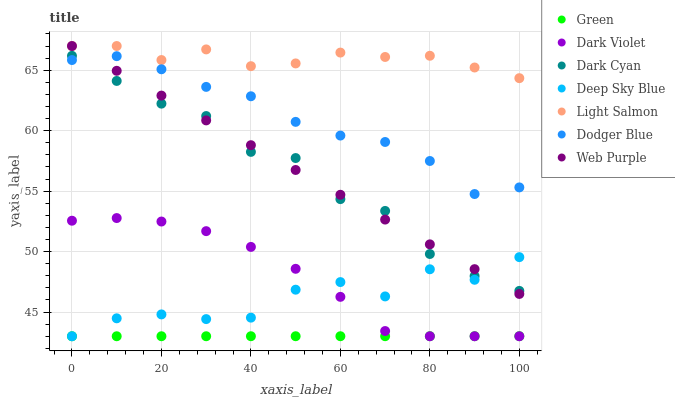
| xaxis_label | Green | Dark Violet | Dark Cyan | Deep Sky Blue | Light Salmon | Dodger Blue | Web Purple |
 | --- | --- | --- | --- | --- | --- | --- | --- |
 | 0 | 43 | 52.6 | 66.2 | 43 | 67 | 65.8 | 67 |
 | 10 | 43 | 52.8 | 64.1 | 44.5 | 67 | 66.2 | 64.9 |
 | 20 | 43 | 52.5 | 62.2 | 44.8 | 65.8 | 65.1 | 62.9 |
 | 30 | 43 | 51.7 | 61.2 | 44.4 | 66.7 | 63.6 | 60.8 |
 | 40 | 43 | 50.4 | 58.2 | 44.5 | 65.3 | 62.8 | 58.8 |
 | 50 | 43 | 48.6 | 57.7 | 46.9 | 65.6 | 60.7 | 56.7 |
 | 60 | 43 | 46.3 | 54.3 | 47.5 | 66.5 | 59.6 | 54.7 |
 | 70 | 43 | 43.4 | 53.4 | 46.3 | 66.1 | 59.1 | 52.6 |
 | 80 | 43 | 43 | 49.8 | 48.5 | 66.2 | 57.5 | 50.6 |
 | 90 | 43 | 43 | 48 | 47.7 | 65.2 | 54.8 | 48.5 |
 | 100 | 43 | 43 | 46.8 | 49.5 | 64.3 | 55.3 | 46.5 |